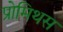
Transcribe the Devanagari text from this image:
प्रोमिथस